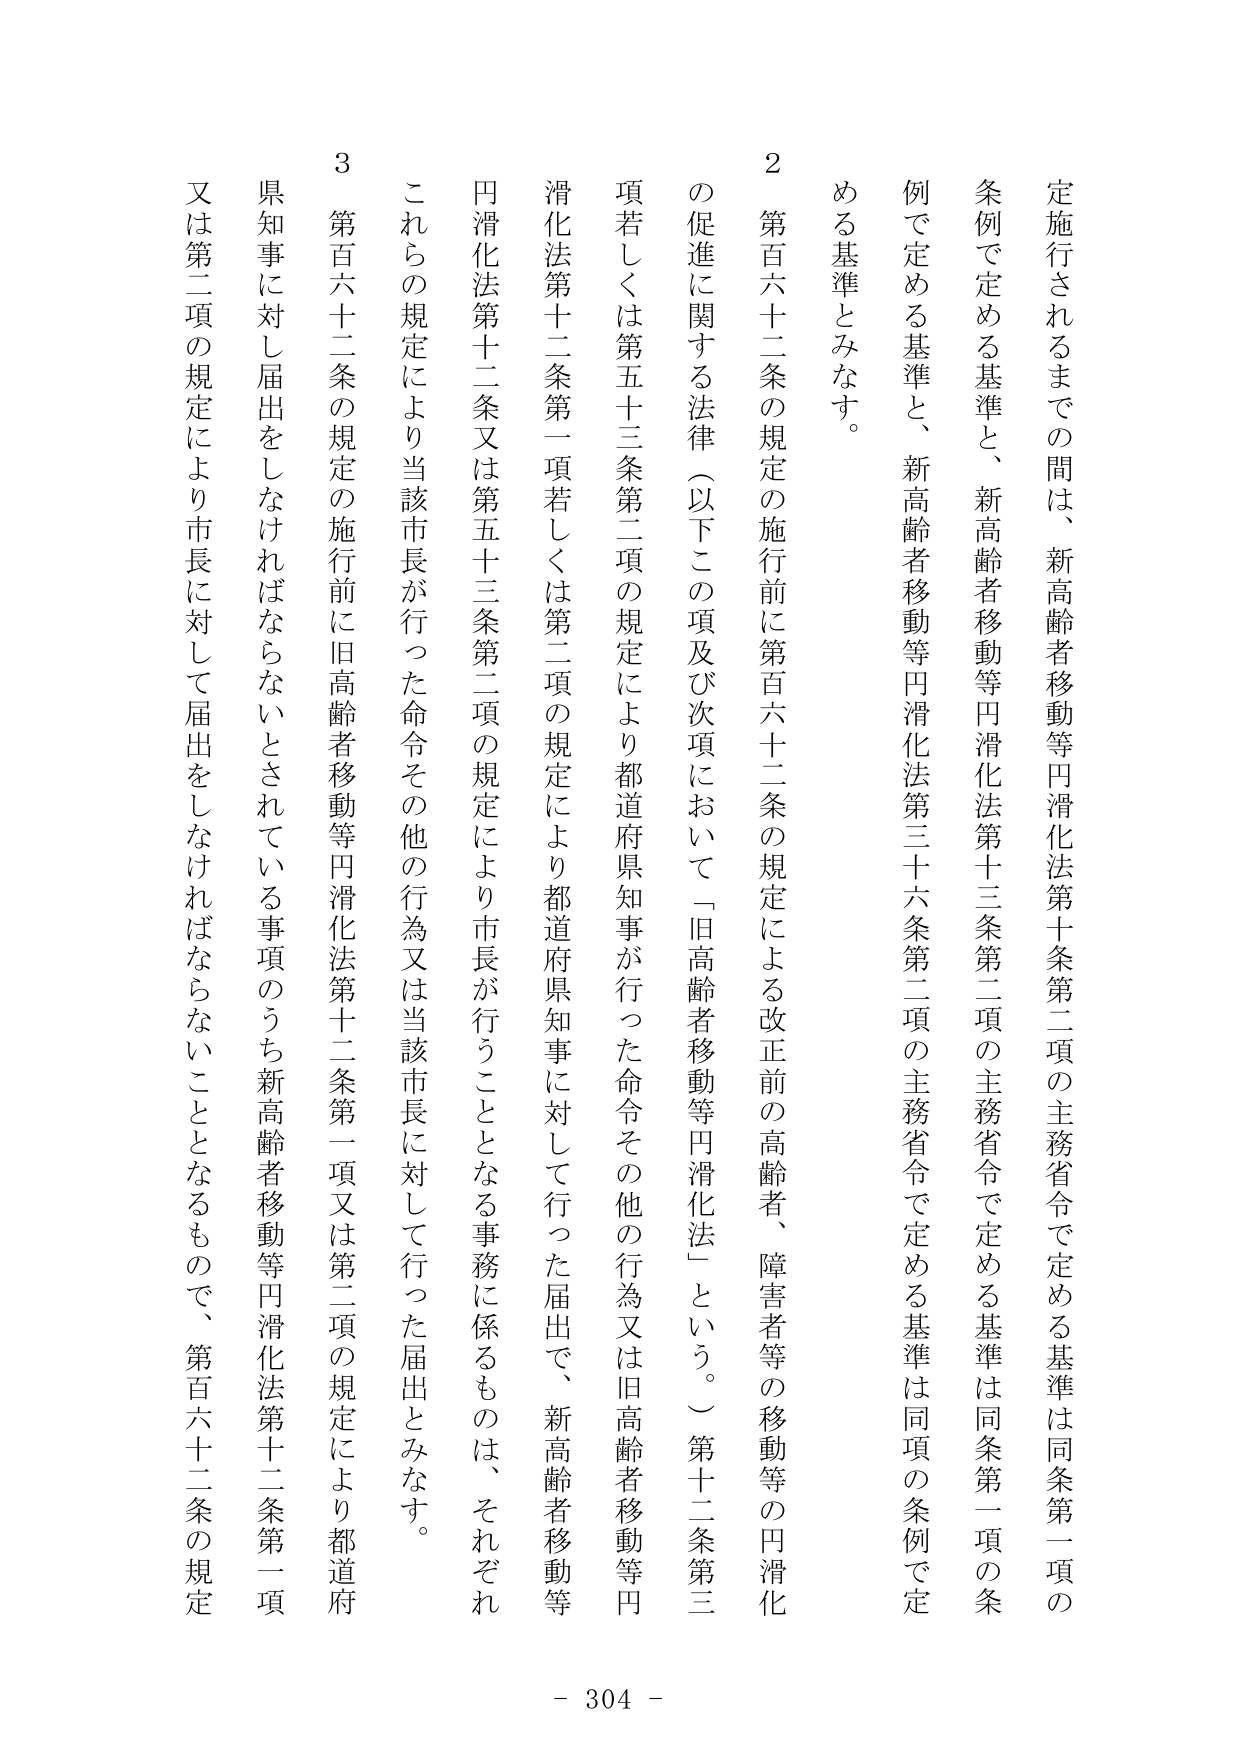
定施行されるまでの間は、新高齢者移動等円滑化法第十条第二項の主務省令で定める基準は同条第一項の条例で定める基準と、新高齢者移動等円滑化法第十三条第二項の主務省令で定める基準は同条第一項の条例で定める基準とみなす。

２ 第百六十二条の規定の施行前に第百六十二条の規定による改正前の高齢者、障害者等の移動等の円滑化の促進に関する法律（以下この項及び次項において「旧高齢者移動等円滑化法」という。）第十二条第三項若しくは第五十三条第二項の規定により都道府県知事が行った命令その他の行為又は旧高齢者移動等円滑化法第十二条第一項若しくは第二項の規定により都道府県知事に対して行った届出で、新高齢者移動等円滑化法第十二条又は第五十三条第二項の規定により市長が行うこととなる事務に係るものは、それぞれこれらの規定により当該市長が行った命令その他の行為又は当該市長に対して行った届出とみなす。

３ 第百六十二条の規定の施行前に旧高齢者移動等円滑化法第十二条第一項又は第二項の規定により都道府県知事に対し届出をしなければならないとされている事項のうち新高齢者移動等円滑化法第十二条第一項又は第二項の規定により市長に対して届出をしなければならないこととなるもので、第百六十二条の規定

- 304 -